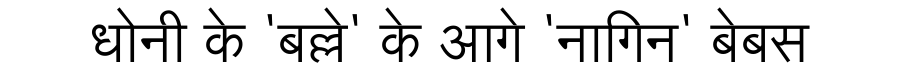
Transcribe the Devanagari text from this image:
धोनी के 'बल्ले' के आगे 'नागिन' बेबस